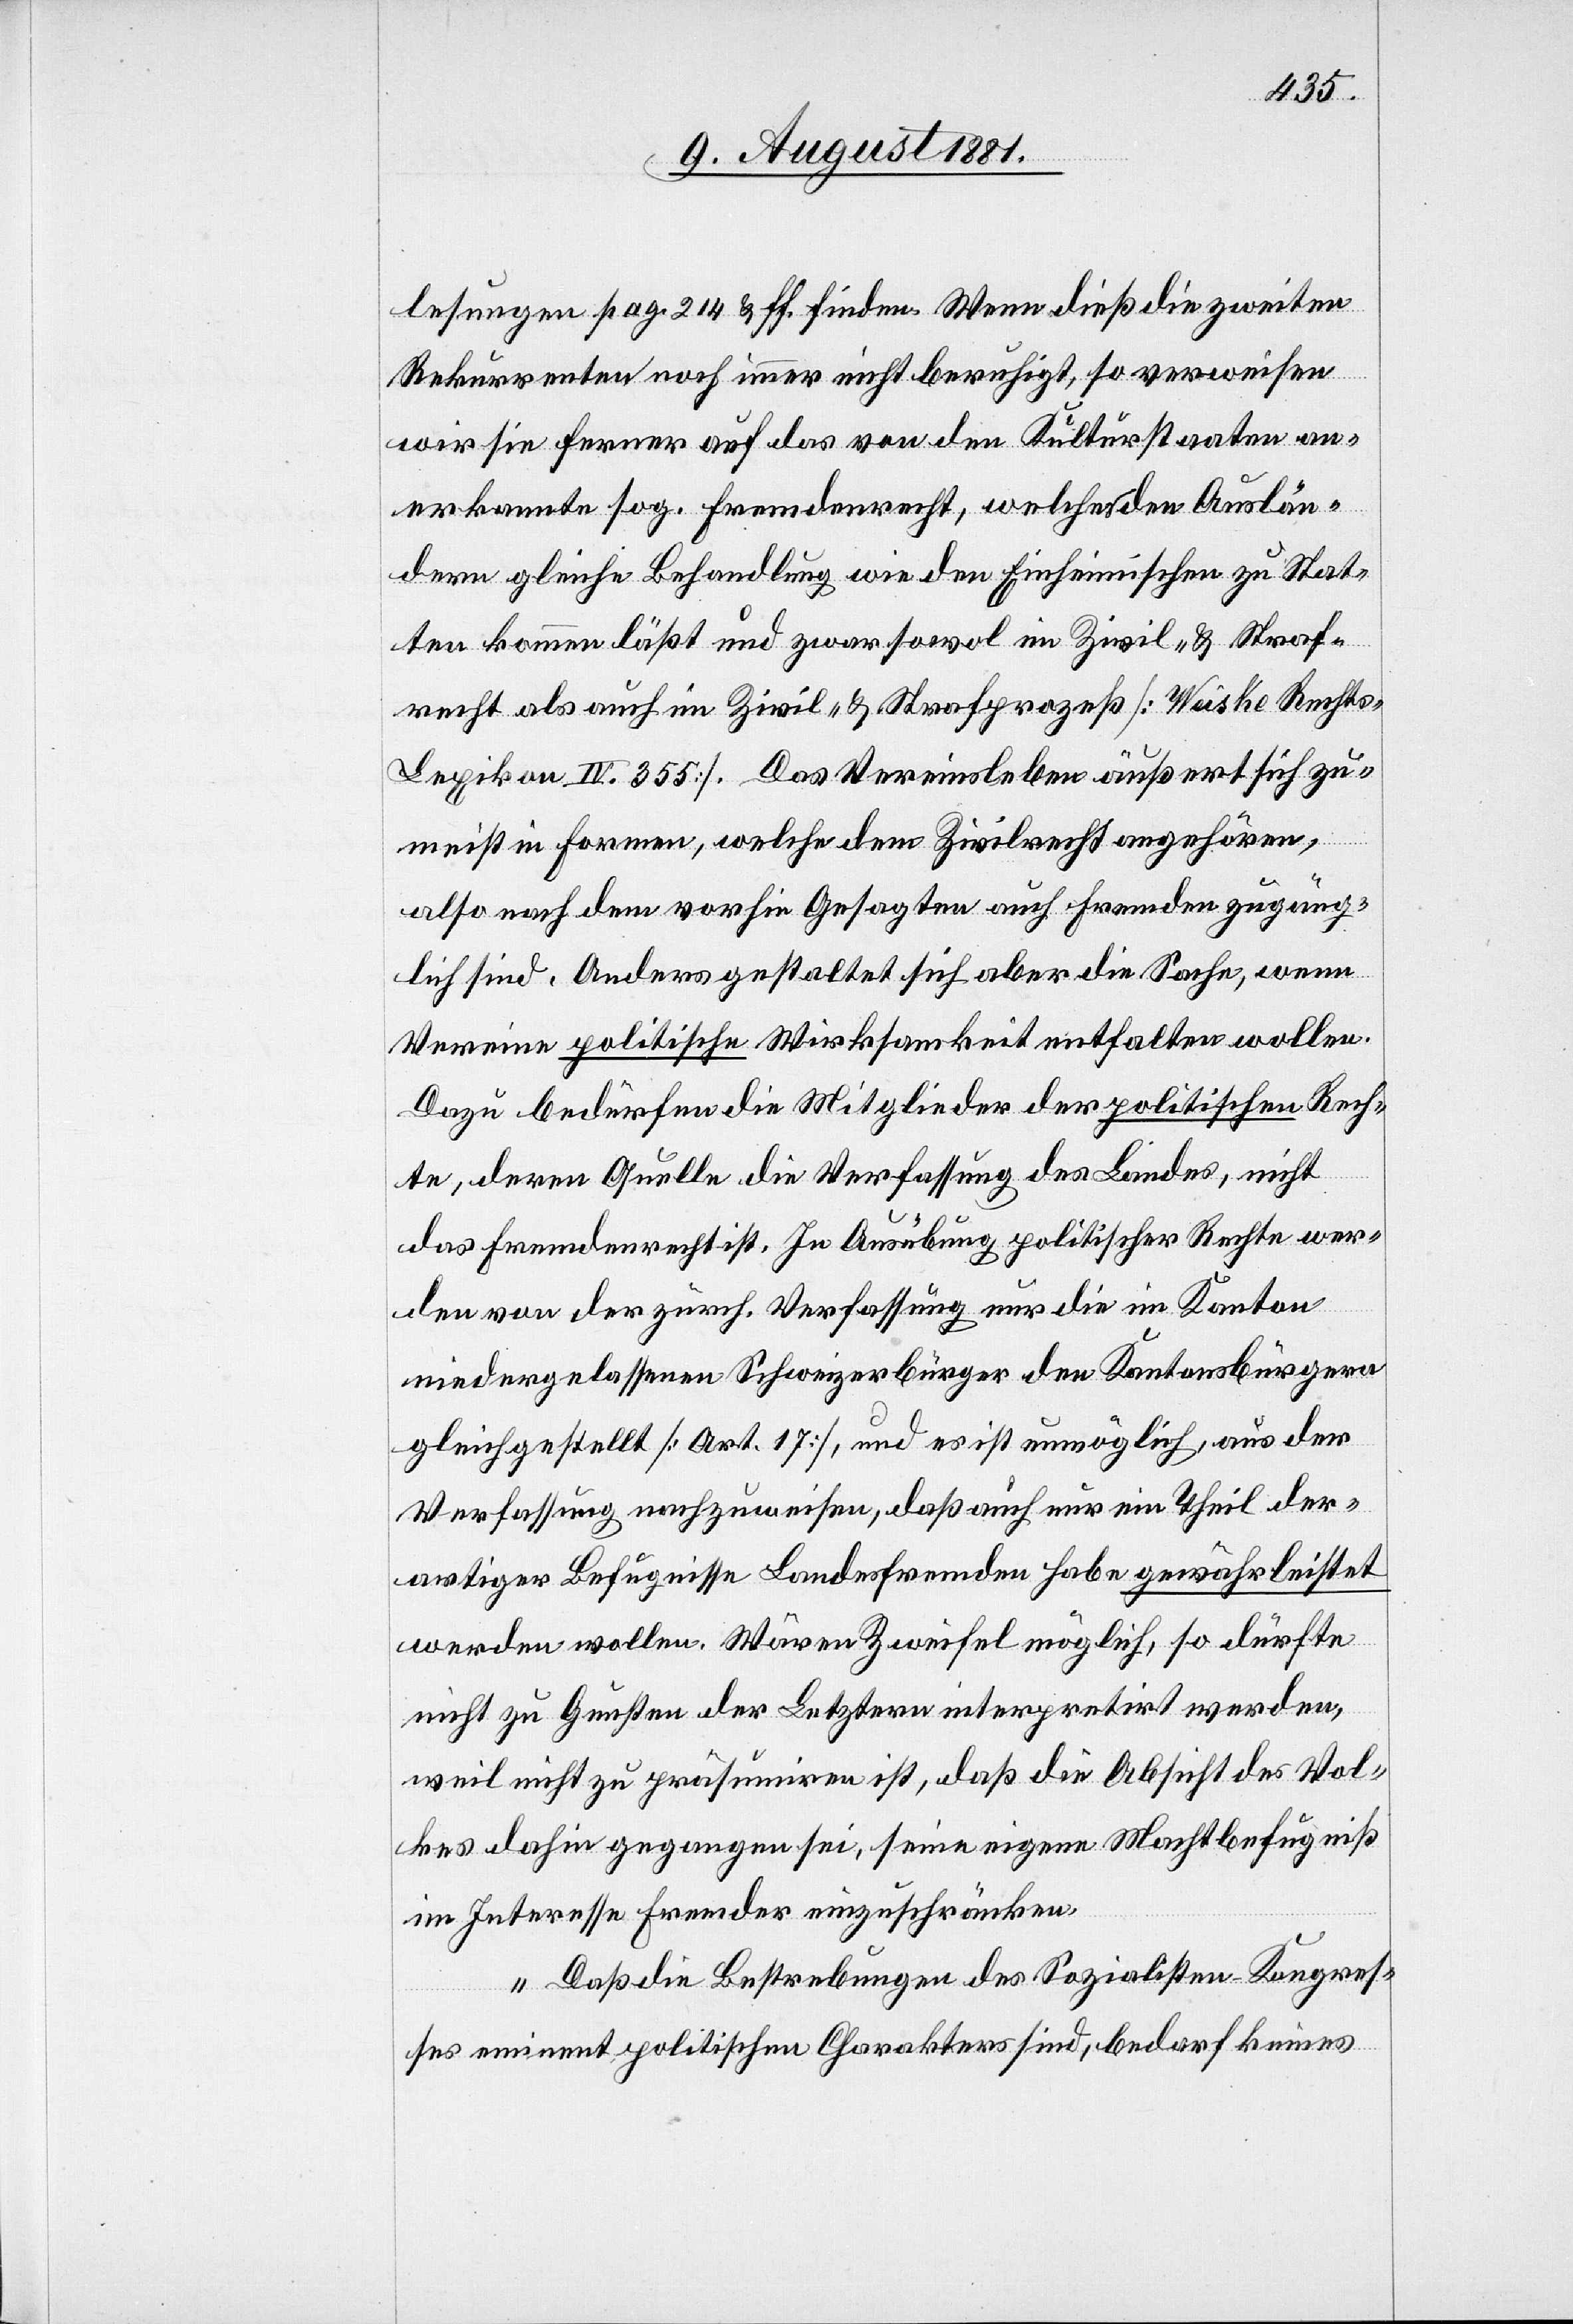
lesungen pag. 214 & ff. finden. Wenn dieß die zweiten
Rekurrenten noch immer nicht beruhigt, so verweisen
wir sie ferner auf das von den Kulturstaaten an¬
erkannte sog. Fremdenrecht, welches den Auslän¬
dern gleiche Behandlung wie den einheimischen zu Stat¬
ten kommen läßt und zwar sowol im Zivil- & Straf¬
recht als auch im Zivil- & Strafprozeß [Weiske Recht¬
s-Lexikon IV. 355]. Das Vereinsleben äußert sich zu¬
meist in Formen, welche dem Zivilrecht angehören,
also nach dem vorhin Gesagten auch Fremden zugäng¬
lich sind. Anders gestaltet sich aber die Sache, wenn
Vereine politische Wirksamkeit entfalten wollen.
Dazu bedürfen die Mitglieder der politischen Rech¬
te, deren Quelle die Verfassung des Landes, nicht
das Fremdenrecht ist. In Ausübung politischer Rechte wer¬
den von der zürch. Verfassung nur die im Kanton
niedergelassenen Schweizerbürger den Kantonsbürgern
gleichgestellt [Art. 17], und es ist unmöglich, aus der
Verfassung nachzuweisen, daß auch nur ein Theil der¬
artiger Befugnisse Landesfremden habe gewährleistet
werden wollen. Wären Zweifel möglich, so dürfte
nicht zu Gunsten der Letztern interpretirt werden,
weil nicht zu präsumiren ist, daß die Absicht des Vol¬
kes dahin gegangen sei, seine eigene Machtbefugniß
im Interesse Fremder einzuschränken.
Daß die Bestrebungen des Sozialisten Kongres¬
ses eminent politischen Charakters sind, bedarf keines